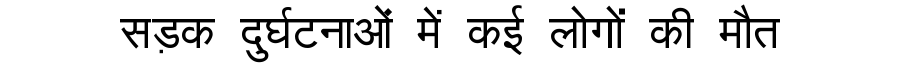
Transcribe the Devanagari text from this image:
सड़क दुर्घटनाओं में कई लोगों की मौत